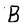
Character: B